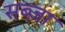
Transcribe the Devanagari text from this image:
सब्ज़ा